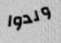
ولدوا